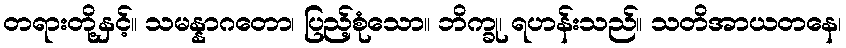
တရားတို့နှင့်။ သမန္နာဂတော၊ ပြည့်စုံသော။ ဘိက္ခု၊ ရဟန်းသည်။ သတိအာယတနေ၊